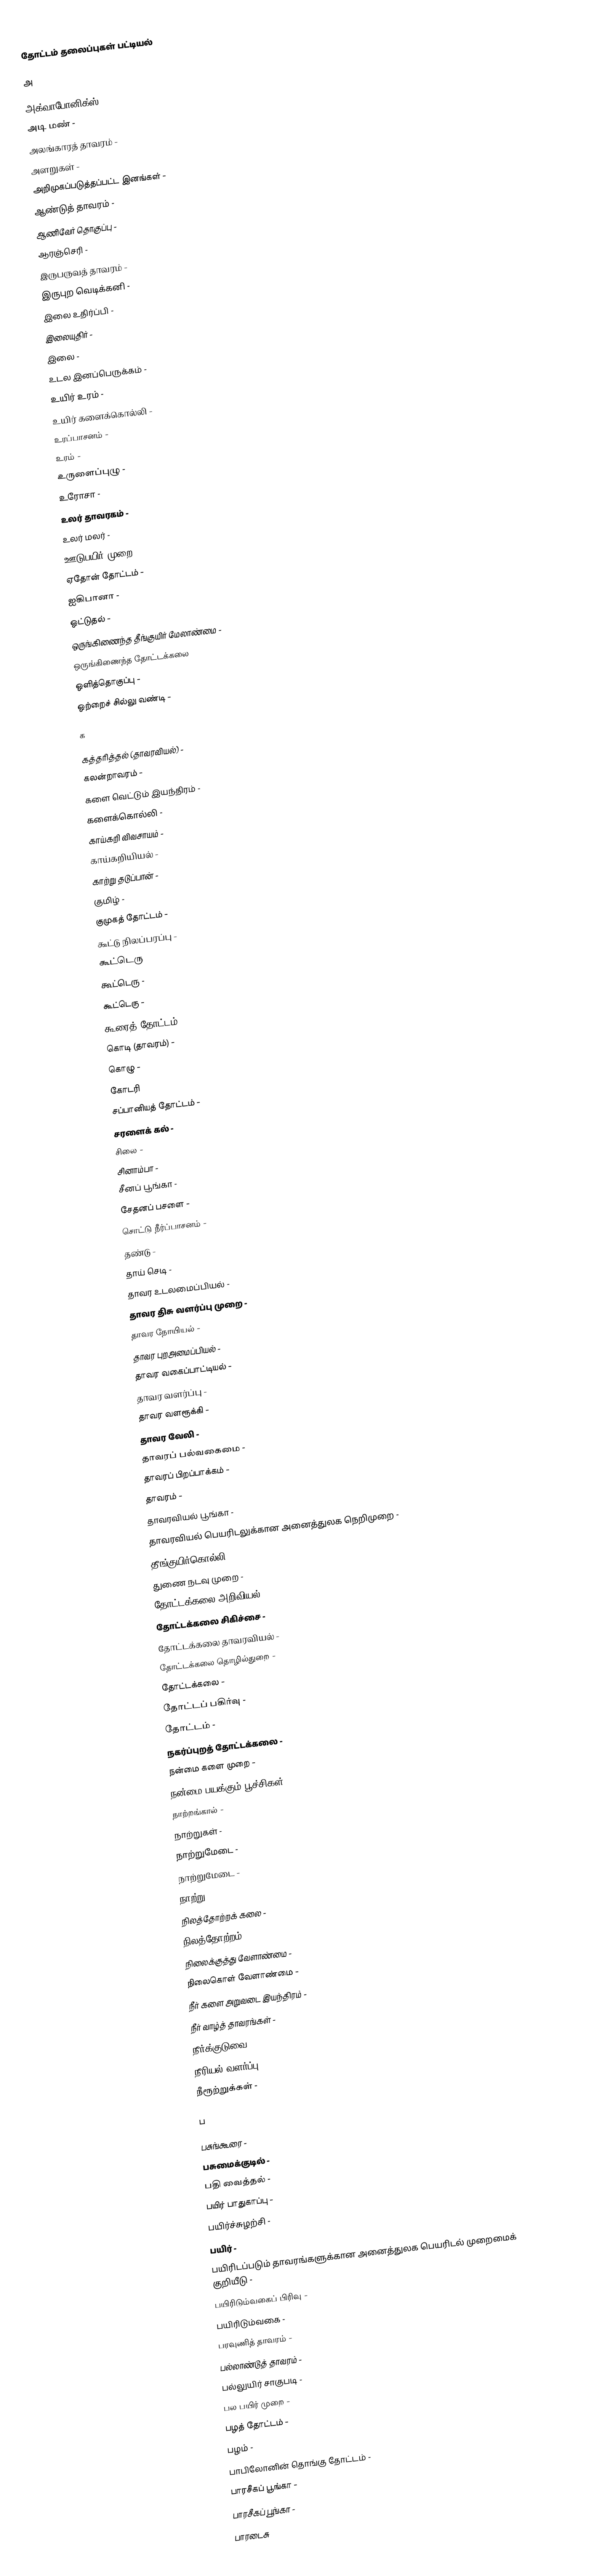
தோட்டம் தலைப்புகள் பட்டியல்

அ

அக்வாபோனிக்ஸ் -
அடி மண் -
அலங்காரத் தாவரம் -
அளறுகள் -
அறிமுகப்படுத்தப்பட்ட இனங்கள் -
ஆண்டுத் தாவரம் -
ஆணிவேர் தொகுப்பு -
ஆரஞ்செரி -
இருபருவத் தாவரம் -
இருபுற வெடிக்கனி -
இலை உதிர்ப்பி -
இலையுதிர் -
இலை -
உடல இனப்பெருக்கம் -
உயிர் உரம் -
உயிர் களைக்கொல்லி -
உரப்பாசனம் -
உரம் -
உருளைப்புழு -
உரோசா -
உலர் தாவரகம் -
உலர் மலர் -
ஊடுபயிர் முறை -
ஏதோன் தோட்டம் -
ஐகிபானா -
ஒட்டுதல் -
ஒருங்கிணைந்த தீங்குயிர் மேலாண்மை -
ஒருங்கிணைந்த தோட்டக்கலை
ஒளித்தொகுப்பு -
ஒற்றைச் சில்லு வண்டி -

க

கத்தரித்தல் (தாவரவியல்) -
கலன்றாவரம் -
களை வெட்டும் இயந்திரம் -
களைக்கொல்லி -
காய்கறி விவசாயம் -
காய்கறியியல் -
காற்று தடுப்பான் -
குமிழ் -
குமுகத் தோட்டம் -
கூட்டு நிலப்பரப்பு -
கூட்டெரு
கூட்டெரு -
கூட்டெரு -
கூரைத் தோட்டம் -
கொடி (தாவரம்) -
கொழு -
கோடரி
சப்பானியத் தோட்டம் -
சரளைக் கல் -
சிலை -
சினாம்பா -
சீனப் பூங்கா -
சேதனப் பசளை -
சொட்டு நீர்ப்பாசனம் -
தண்டு -
தாய் செடி -
தாவர உடலமைப்பியல் -
தாவர திசு வளர்ப்பு முறை -
தாவர நோயியல் -
தாவர புறஅமைப்பியல் -
தாவர வகைப்பாட்டியல் -
தாவர வளர்ப்பு -
தாவர வளரூக்கி -
தாவர வேலி -
தாவரப் பல்வகைமை -
தாவரப் பிறப்பாக்கம் -
தாவரம் -
தாவரவியல் பூங்கா -
தாவரவியல் பெயரிடலுக்கான அனைத்துலக நெறிமுறை -
தீங்குயிர்கொல்லி -
துணை நடவு முறை -
தோட்டக்கலை அறிவியல் -
தோட்டக்கலை சிகிச்சை -
தோட்டக்கலை தாவரவியல் -
தோட்டக்கலை தொழில்துறை -
தோட்டக்கலை -
தோட்டப் பகிர்வு -
தோட்டம் -
நகர்ப்புறத் தோட்டக்கலை -
நன்மை களை முறை -
நன்மை பயக்கும் பூச்சிகள் -
நாற்றங்கால் -
நாற்றுகள் -
நாற்றுமேடை -
நாற்றுமேடை -
நாற்று -
நிலத்தோற்றக் கலை -
நிலத்தோற்றம் -
நிலைக்குத்து வேளாண்மை -
நிலைகொள் வேளாண்மை -
நீர் களை அறுவடை இயந்திரம் -
நீர் வாழ்த் தாவரங்கள் -
நீர்க்குடுவை -
நீரியல் வளர்ப்பு -
நீரூற்றுக்கள் -

ப

பசுங்கூரை -
பசுமைக்குடில் -
பதி வைத்தல் -
பயிர் பாதுகாப்பு -
பயிர்ச்சுழற்சி -
பயிர் -
பயிரிடப்படும் தாவரங்களுக்கான அனைத்துலக பெயரிடல் முறைமைக் குறியீடு -
பயிரிடும்வகைப் பிரிவு -
பயிரிடும்வகை -
பரவுணித் தாவரம் -
பல்லாண்டுத் தாவரம் -
பல்லுயிர் சாகுபடி -
பல பயிர் முறை -
பழத் தோட்டம் -
பழம் -
பாபிலோனின் தொங்கு தோட்டம் -
பாரசீகப் பூங்கா -
பாரசீகப் பூங்கா -
பாரடைசு